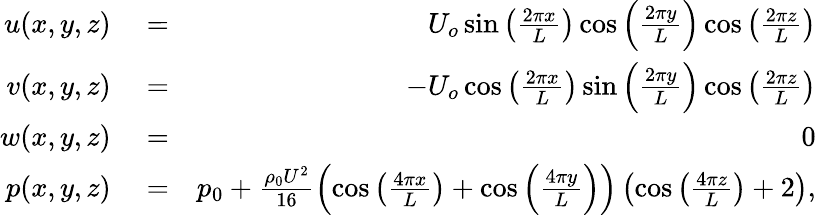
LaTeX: \begin{array}{rlr}{u(x,y,z)}&{{}=}&{U_{o}\sin{\left(\frac{2\pi x}{L}\right)}\cos{\left(\frac{2\pi y}{L}\right)}\cos{\left(\frac{2\pi z}{L}\right)}}\\ {v(x,y,z)}&{{}=}&{-U_{o}\cos{\left(\frac{2\pi x}{L}\right)}\sin{\left(\frac{2\pi y}{L}\right)}\cos{\left(\frac{2\pi z}{L}\right)}}\\ {w(x,y,z)}&{{}=}&{0}\\ {p(x,y,z)}&{{}=}&{p_{0}+\frac{\rho_{0}U^{2}}{16}\left(\cos{\left(\frac{4\pi x}{L}\right)}+\cos{\left(\frac{4\pi y}{L}\right)}\right)\left(\cos{\left(\frac{4\pi z}{L}\right)}+2\right),}\end{array}